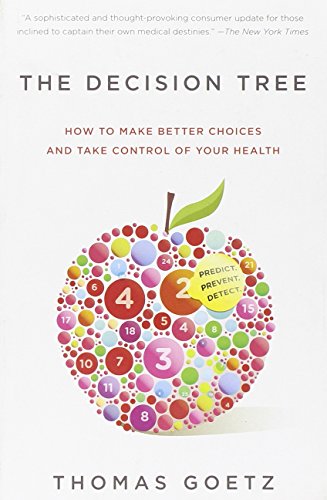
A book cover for The Decision Tree: How to make better choices and take control of your health; Thomas Goetz; Health, Fitness & Dieting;